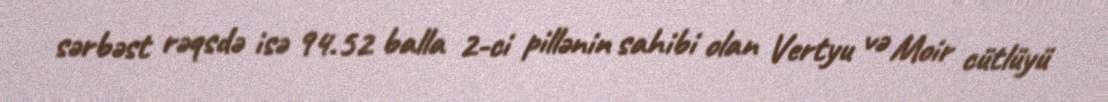
sərbəst rəqsdə isə 94.52 balla 2-ci pillənin sahibi olan Vertyu və Moir cütlüyü